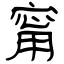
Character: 甯